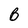
Character: B